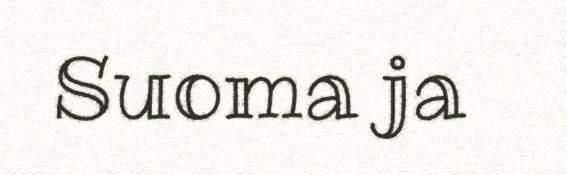
Suoma ja